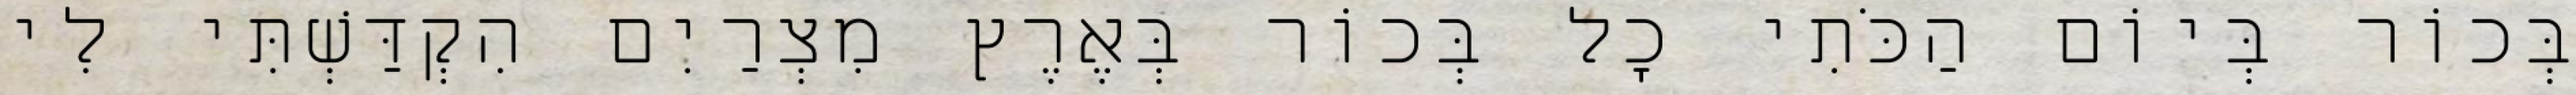
בְּכוֹר בְּיוֹם הַכֹּתִי כָל בְּכוֹר בְּאֶרֶץ מִצְרַיִם הִקְדַּשְׁתִּי לִי